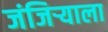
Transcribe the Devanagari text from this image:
जंजिर्‍याला